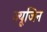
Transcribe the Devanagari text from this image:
ज्यूजिन